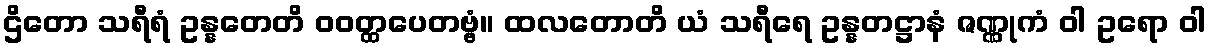
ဌိတော သရီရံ ဥန္နတေတိ ဝဝတ္ထပေတဗ္ဗံ။ ထလတောတိ ယံ သရီရေ ဥန္နတဋ္ဌာနံ ဇဏ္ဏုကံ ဝါ ဥရော ဝါ